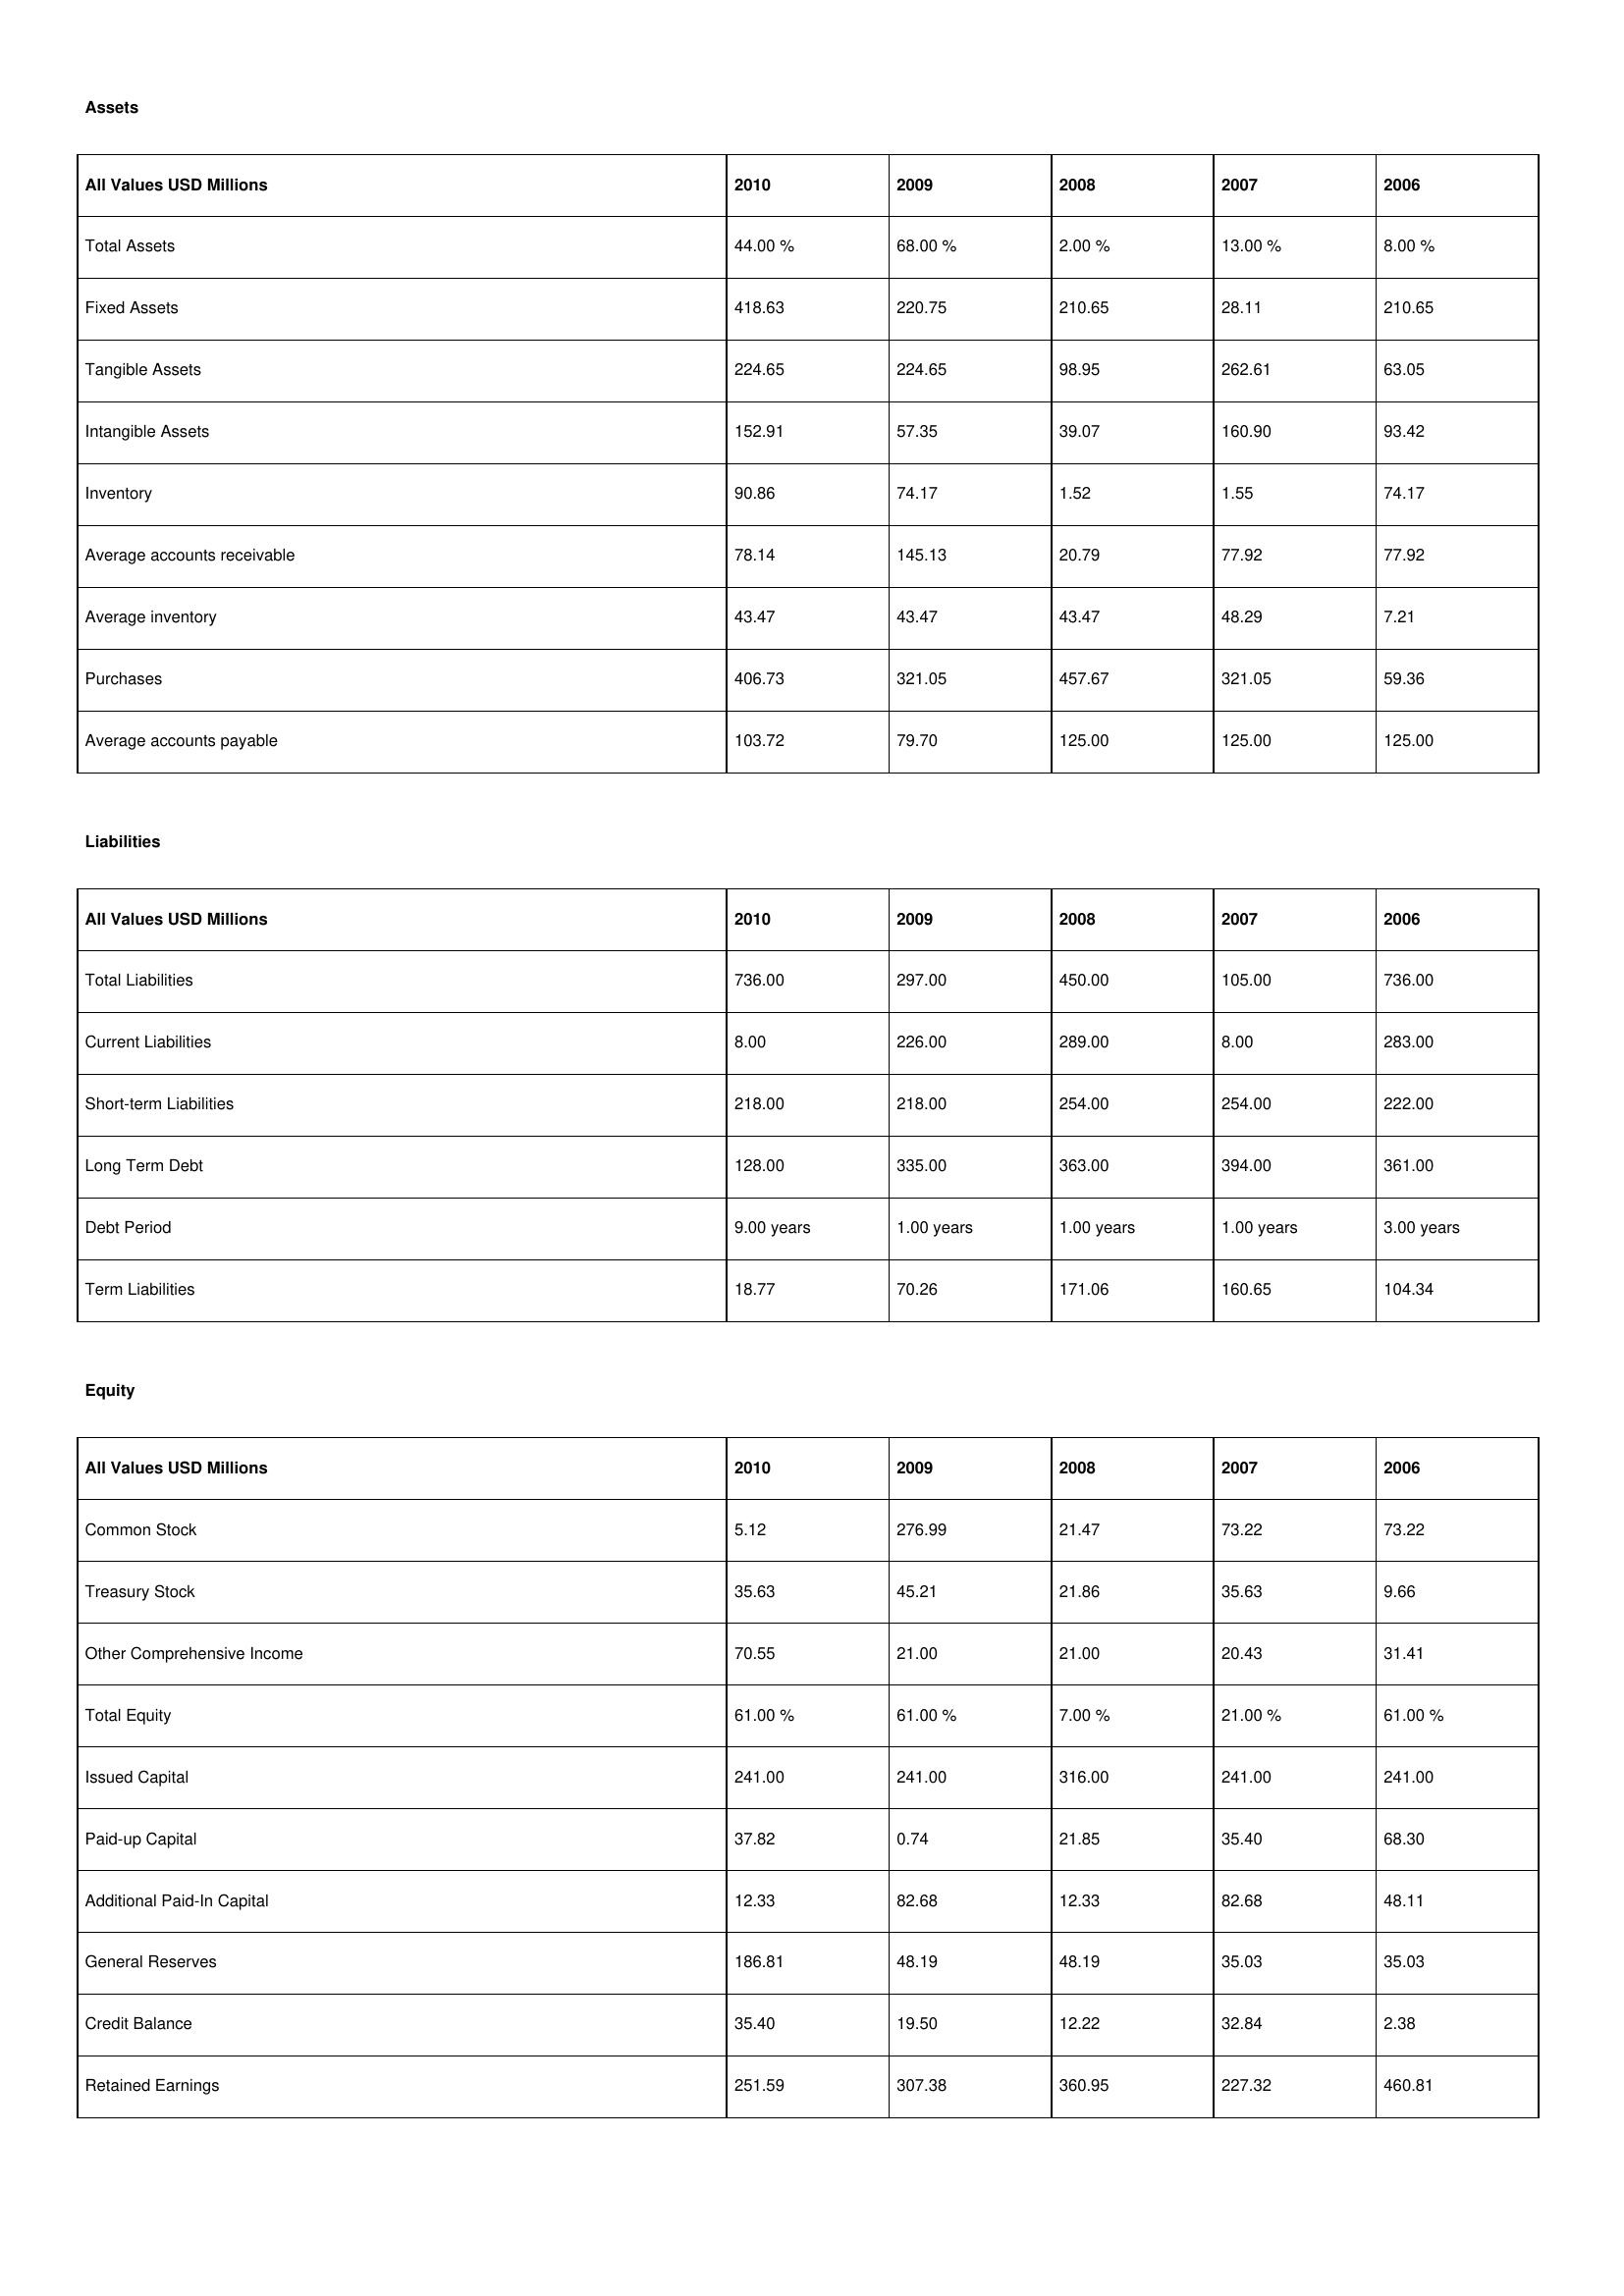
gt_parse: 2010: Assets: Total Assets: 44.00 %
Fixed Assets: 418.63
Tangible Assets: 224.65
Intangible Assets: 152.91
Inventory: 90.86
Average accounts receivable: 78.14
Average inventory: 43.47
Purchases: 406.73
Average accounts payable: 103.72
Liabilities: Total Liabilities: 736.00
Current Liabilities: 8.00
Short-term Liabilities: 218.00
Long Term Debt: 128.00
Debt Period: 9.00 years
Term Liabilities: 18.77
Equity: Common Stock: 5.12
Treasury Stock: 35.63
Other Comprehensive Income: 70.55
Total Equity: 61.00 %
Issued Capital: 241.00
Paid-up Capital: 37.82
Additional Paid-In Capital: 12.33
General Reserves: 186.81
Credit Balance: 35.40
Retained Earnings: 251.59
2009: Assets: Total Assets: 68.00 %
Fixed Assets: 220.75
Tangible Assets: 224.65
Intangible Assets: 57.35
Inventory: 74.17
Average accounts receivable: 145.13
Average inventory: 43.47
Purchases: 321.05
Average accounts payable: 79.70
Liabilities: Total Liabilities: 297.00
Current Liabilities: 226.00
Short-term Liabilities: 218.00
Long Term Debt: 335.00
Debt Period: 1.00 years
Term Liabilities: 70.26
Equity: Common Stock: 276.99
Treasury Stock: 45.21
Other Comprehensive Income: 21.00
Total Equity: 61.00 %
Issued Capital: 241.00
Paid-up Capital: 0.74
Additional Paid-In Capital: 82.68
General Reserves: 48.19
Credit Balance: 19.50
Retained Earnings: 307.38
2008: Assets: Total Assets: 2.00 %
Fixed Assets: 210.65
Tangible Assets: 98.95
Intangible Assets: 39.07
Inventory: 1.52
Average accounts receivable: 20.79
Average inventory: 43.47
Purchases: 457.67
Average accounts payable: 125.00
Liabilities: Total Liabilities: 450.00
Current Liabilities: 289.00
Short-term Liabilities: 254.00
Long Term Debt: 363.00
Debt Period: 1.00 years
Term Liabilities: 171.06
Equity: Common Stock: 21.47
Treasury Stock: 21.86
Other Comprehensive Income: 21.00
Total Equity: 7.00 %
Issued Capital: 316.00
Paid-up Capital: 21.85
Additional Paid-In Capital: 12.33
General Reserves: 48.19
Credit Balance: 12.22
Retained Earnings: 360.95
2007: Assets: Total Assets: 13.00 %
Fixed Assets: 28.11
Tangible Assets: 262.61
Intangible Assets: 160.90
Inventory: 1.55
Average accounts receivable: 77.92
Average inventory: 48.29
Purchases: 321.05
Average accounts payable: 125.00
Liabilities: Total Liabilities: 105.00
Current Liabilities: 8.00
Short-term Liabilities: 254.00
Long Term Debt: 394.00
Debt Period: 1.00 years
Term Liabilities: 160.65
Equity: Common Stock: 73.22
Treasury Stock: 35.63
Other Comprehensive Income: 20.43
Total Equity: 21.00 %
Issued Capital: 241.00
Paid-up Capital: 35.40
Additional Paid-In Capital: 82.68
General Reserves: 35.03
Credit Balance: 32.84
Retained Earnings: 227.32
2006: Assets: Total Assets: 8.00 %
Fixed Assets: 210.65
Tangible Assets: 63.05
Intangible Assets: 93.42
Inventory: 74.17
Average accounts receivable: 77.92
Average inventory: 7.21
Purchases: 59.36
Average accounts payable: 125.00
Liabilities: Total Liabilities: 736.00
Current Liabilities: 283.00
Short-term Liabilities: 222.00
Long Term Debt: 361.00
Debt Period: 3.00 years
Term Liabilities: 104.34
Equity: Common Stock: 73.22
Treasury Stock: 9.66
Other Comprehensive Income: 31.41
Total Equity: 61.00 %
Issued Capital: 241.00
Paid-up Capital: 68.30
Additional Paid-In Capital: 48.11
General Reserves: 35.03
Credit Balance: 2.38
Retained Earnings: 460.81